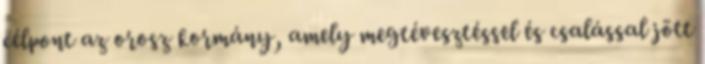
célpont az orosz kormány, amely megtévesztéssel és csalással jött